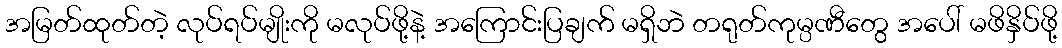
အမြတ်ထုတ်တဲ့ လုပ်ရပ်မျိုးကို မလုပ်ဖို့နဲ့ အကြောင်းပြချက် မရှိဘဲ တရုတ်ကုမ္ပဏီတွေ အပေါ် မဖိနှိပ်ဖို့